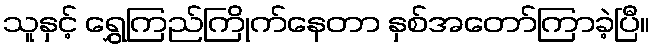
သူနှင့် ရွှေကြည်ကြိုက်နေတာ နှစ်အတော်ကြာခဲ့ပြီ။